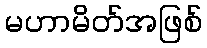
မဟာမိတ်အဖြစ်